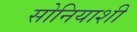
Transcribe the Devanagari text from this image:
सोनियाशी